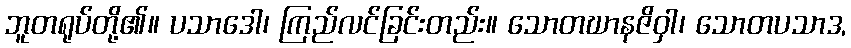
ဘူတရုပ်တို့၏။ ပသာဒေါ၊ ကြည်လင်ခြင်းတည်း။ သောတဃာနဇိဝှါ၊ သောတပသာဒ,